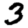
Digit: 3